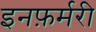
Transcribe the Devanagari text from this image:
इनफ़र्मरी